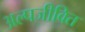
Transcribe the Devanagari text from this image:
अल्पजीवित